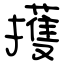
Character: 擭